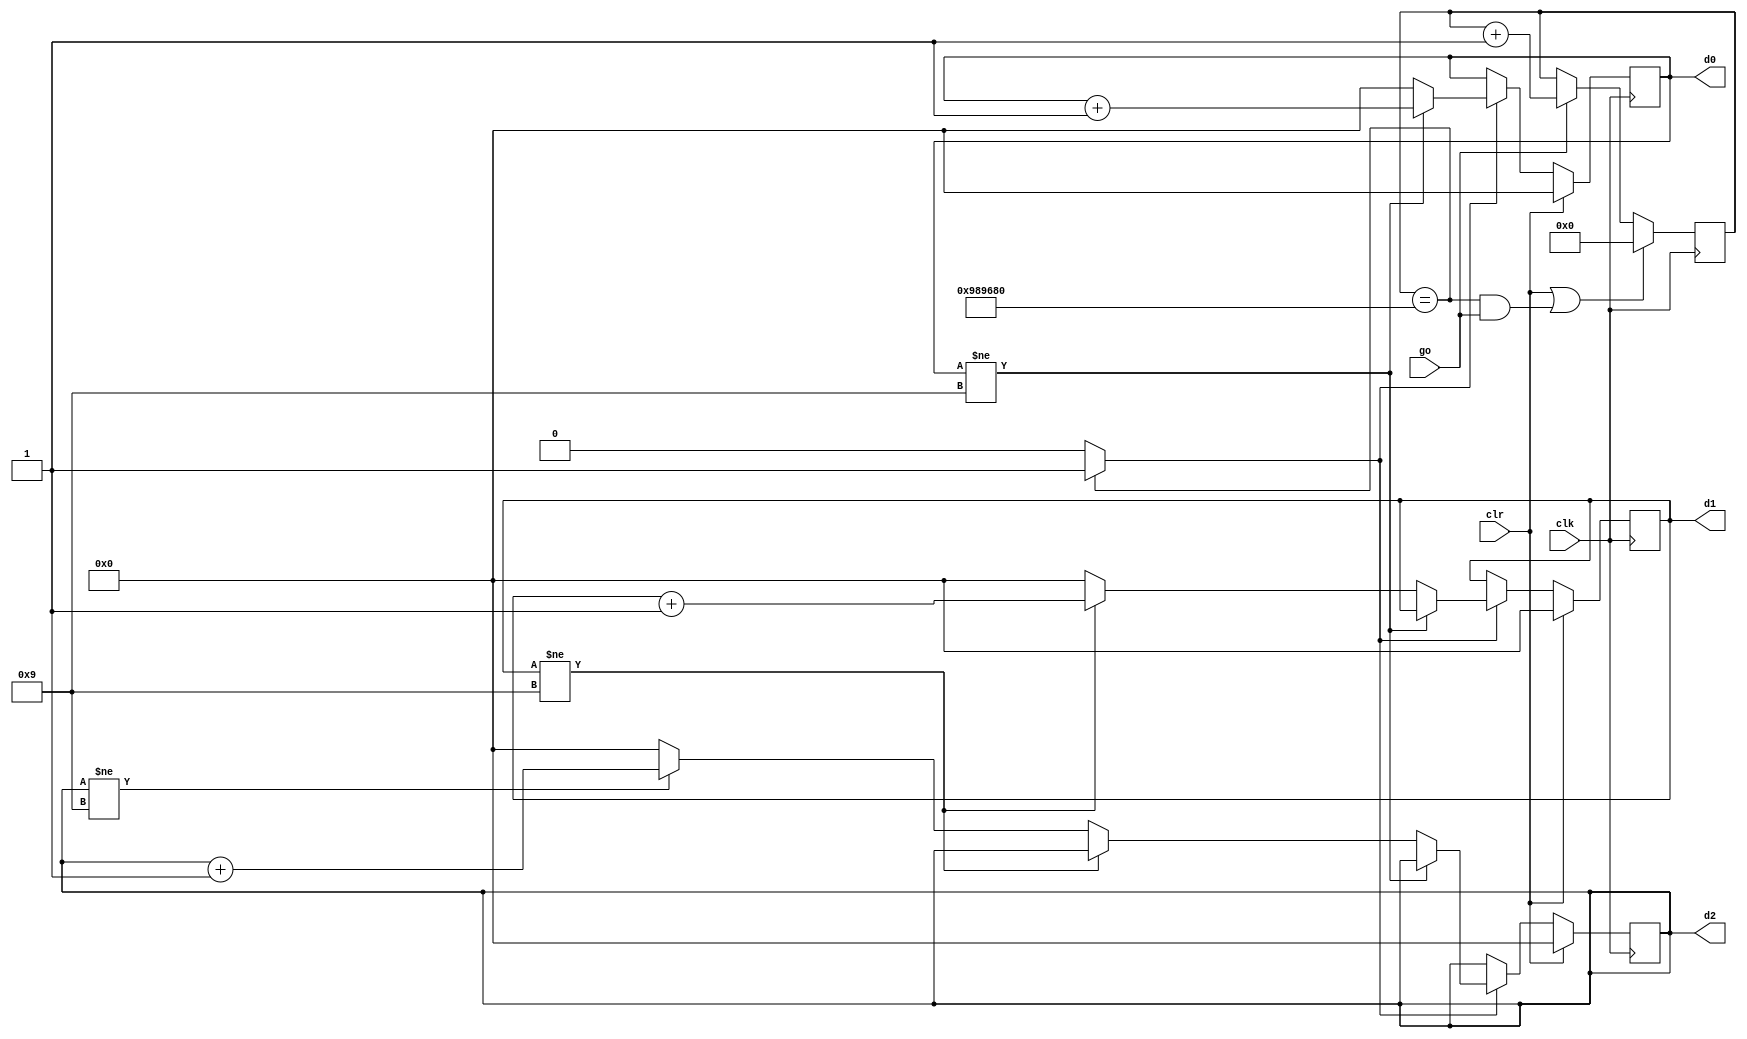
module stop_watch_if
   (
    input wire clk,
    input wire go, clr,
    output wire [3:0] d2, d1, d0
   );

   // declaration
   localparam  DVSR = 10000000;
   reg [23:0] ms_reg;
   wire [23:0] ms_next;
   reg [3:0] d2_reg, d1_reg, d0_reg;
   reg [3:0] d2_next, d1_next, d0_next;
   wire ms_tick;

   // body
   // register
   always @(posedge clk)
   begin
      ms_reg <= ms_next;
      d2_reg <= d2_next;
      d1_reg <= d1_next;
      d0_reg <= d0_next;
   end

   // next-state logic
   // 0.1 sec tick generator: mod-5000000
   assign ms_next = (clr || (ms_reg==DVSR && go)) ? 4'b0 :
                    (go) ? ms_reg + 1 :
                           ms_reg;
   assign ms_tick = (ms_reg==DVSR) ? 1'b1 : 1'b0;
   // 3-digit bcd counter
   always @*
   begin
      // default: keep the previous value
      d0_next = d0_reg;
      d1_next = d1_reg;
      d2_next = d2_reg;
      if (clr)
         begin
            d0_next = 4'b0;
            d1_next = 4'b0;
            d2_next = 4'b0;
         end
      else if (ms_tick)
         if (d0_reg != 9)
            d0_next = d0_reg + 1;
         else              // reach XX9
            begin
               d0_next = 4'b0;
               if (d1_reg != 9)
                  d1_next = d1_reg + 1;
               else       // reach X99
                  begin
                     d1_next = 4'b0;
                     if (d2_reg != 9)
                        d2_next = d2_reg + 1;
                     else // reach 999
                        d2_next = 4'b0;
                  end
            end
   end

   // output logic
   assign d0 = d0_reg;
   assign d1 = d1_reg;
   assign d2 = d2_reg;

endmodule